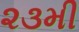
૨૩મી